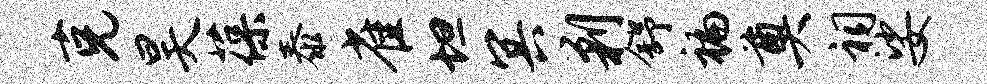
克昊葆泰雀坦冥剿舒褊奠祠娑